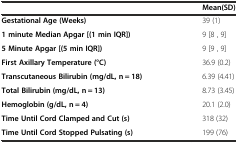
|  | Mean(SD) |
 | --- | --- |
 | Gestational Age (Weeks) | 39 (1) |
 | 1 minute Median Apgar [(1 min IQR]) | 9 [8 , 9] |
 | 5 Minute Apgar [(5 min IQR]) | 9 [9 , 9] |
 | First Axillary Temperature (°C) | 36.9 (0.2) |
 | Transcutaneous Bilirubin (mg/dL, n = 18) | 6.39 (4.41) |
 | Total Bilirubin (mg/dL, n = 13) | 8.73 (3.45) |
 | Hemoglobin (g/dL, n = 4) | 20.1 (2.0) |
 | Time Until Cord Clamped and Cut (s) | 318 (32) |
 | Time Until Cord Stopped Pulsating (s) | 199 (76) |